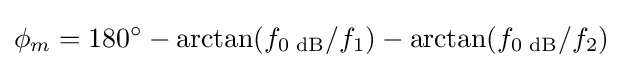
\phi _{m}=180^{\circ }-\arctan(f_{\text{0 dB}}/f_{1})-\arctan(f_{\text{0 dB}}/f_{2})